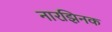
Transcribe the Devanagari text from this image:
नारझिनक